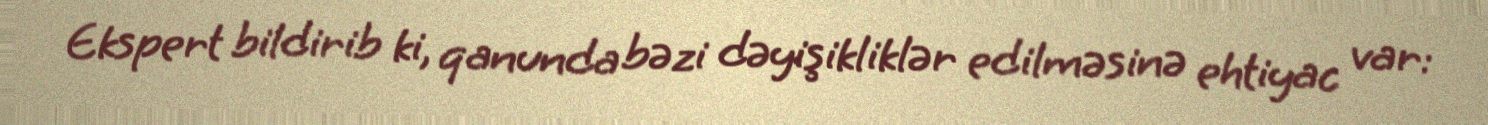
Ekspert bildirib ki, qanunda bəzi dəyişikliklər edilməsinə ehtiyac var: